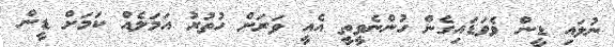
ނުލައި ޑީން ވެވަޑައިގެން ހުންނެވީތީ އެއީ ވަރަށް ހުތުރު އަމަލެއް ކަމަށް ޑީން